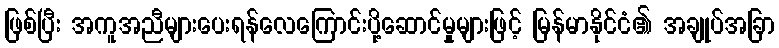
ဖြစ်ပြီး အကူအညီများပေးရန်လေကြောင်းပို့ဆောင်မှုများဖြင့် မြန်မာနိုင်ငံ၏ အချုပ်အခြာ